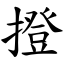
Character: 撜